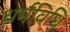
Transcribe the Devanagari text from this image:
धर्मविधि